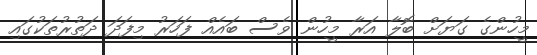
މީހުންގެ ގަޔަށް ބޮލާ އަރާ މީހުން ވެސް ބައެއް ފަހަރު މިފަދަ ދަތުރުތަކުގައި